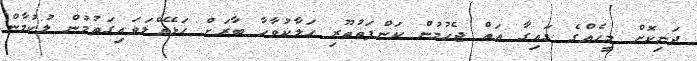
ދަނިކޮށް މީހެއްގެ ގައިގާ އަތް ޖެހުމުން ކަންފަތުތޫރި ހަލާކުވާހާ ބާރަށް ހަޅޭއްލަވައިގަތުމުން ލުކުމާން